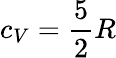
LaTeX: c_{V}={\frac{5}{2}}R